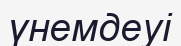
үнемдеуі